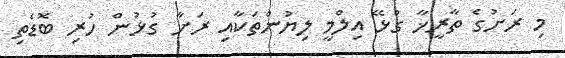
މި ރަށުގެ ތާރީޚާ ގުޅޭ އިލްމީ ލިޔުންތަކާއި ރަށާ ގުޅުން ހުރި ބޮޑެތި